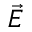
\vec { E }